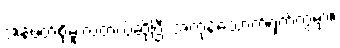
အန်ဖတ်စို့မူးလဲတယ်ဆိုပြီး အကုန်သောက်ရှက်ကွဲမှာ။